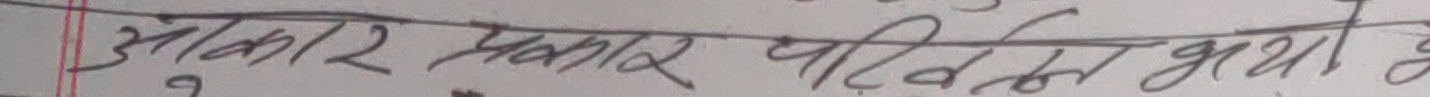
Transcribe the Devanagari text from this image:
आकार प्रकार परिवर्तन भएमा